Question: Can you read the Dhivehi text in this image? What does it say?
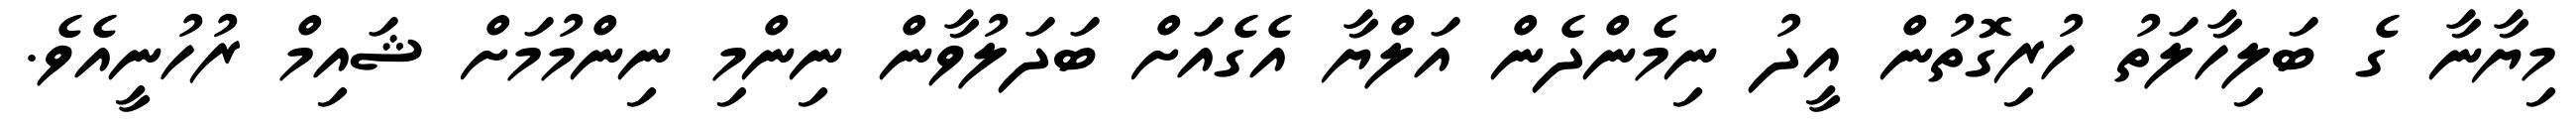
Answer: މިޔާނާ ގެ ބަލިހާލަތު ހުރިގޮތުން އީދު ނިމެންދެން އަލްޔާ އެގެއަށް ބަދަލުވާން ނިންމި ނިންމުމަށް ޝައިމް ރުހުނީއެވެ.